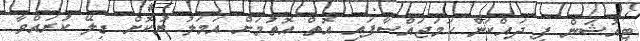
ޓިއުޝަން ފީ ދައްކަން ހަމަޖައްސާފައި އޮތް އޮތުމަށް އަމަލު ނުކޮށް ޑިލޭ ކުރައްވާ